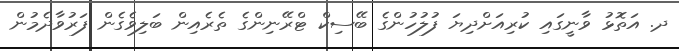
ދ. އަތޮޅު ވާނީގައި ކުރިއަށްދިޔަ ފުލުހުންގެ ބޭސިކް ޓްރޭނިންގެ ތެރެއިން ބަލިވެގެން ފަރުވާދެމުން